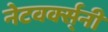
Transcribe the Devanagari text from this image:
नेटवर्क्स्‌नी